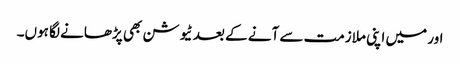
اور میں اپنی ملازمت سے آنے کے بعد ٹیوشن بھی پڑھانے لگا ہوں۔